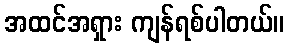
အထင်အရှား ကျန်ရစ်ပါတယ်။